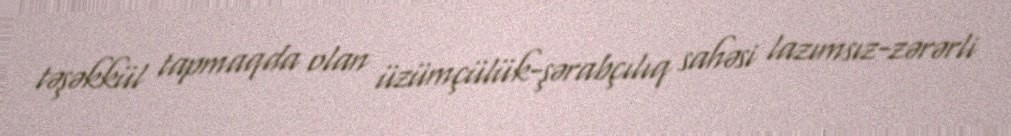
təşəkkül tapmaqda olan üzümçülük-şərabçılıq sahəsi lazımsız-zərərli